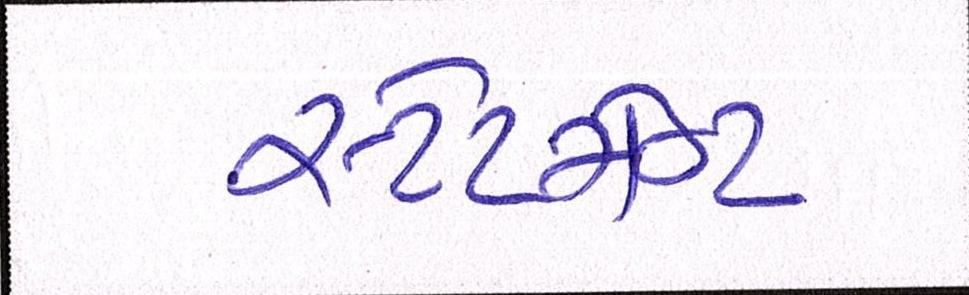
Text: સ્ટેટમેન્ટ